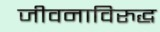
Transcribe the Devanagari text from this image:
जीवनाविरुद्ध